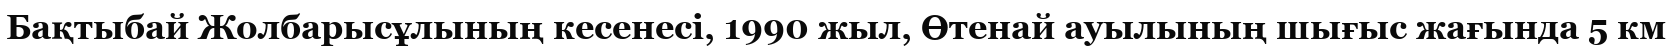
Бақтыбай Жолбарысұлының кесенесі, 1990 жыл, Өтенай ауылының шығыс жағында 5 км